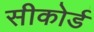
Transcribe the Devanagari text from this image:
सीकोर्ड